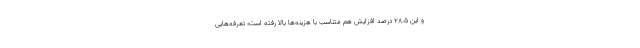
و این ۲۸.۵ درصد افزایش هم متناسب با هزینه‌ها بالا رفته است؛ تعرفه‌هایی